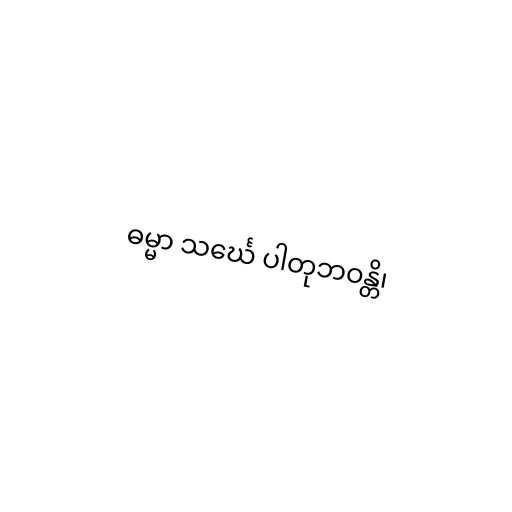
ဓမ္မာ သင်္ဃေ ပါတုဘဝန္တိ၊